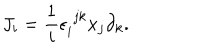
J _ { i } = { \frac { 1 } { i } } \epsilon _ { i } ^ { \, \, j k } x _ { j } \partial _ { k } .